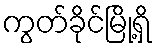
ကွတ်ခိုင်မြို့ရှိ